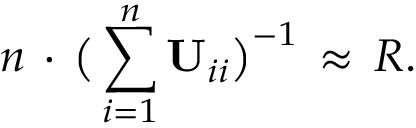
n \, \cdot \, \big ( \sum _ { i = 1 } ^ { n } \mathbf { U } _ { i i } \big ) ^ { - 1 } \, \approx \, R .